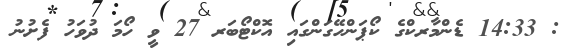
: 14:33 ޑެންމާރކްގެ ކޯޕަންހޭގަންގައި އޮކްޓޯބަރ 27 ވީ ހޯމަ ދުވަހު ފެށުނު